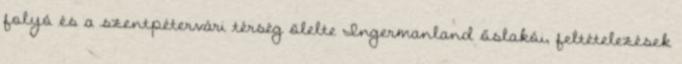
folyó és a szentpétervári térség ölelte Ingermanland őslakói, feltételezések